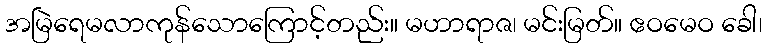
အမြဲရေမလာကုန်သောကြောင့်တည်း။ မဟာရာဇ၊ မင်းမြတ်။ ဧဝမေဝ ခေါ၊